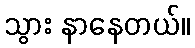
သွား နာနေတယ်။